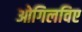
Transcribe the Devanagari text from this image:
ओगिलविए